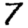
Digit: 7